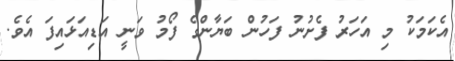
އެކަމަކު މި އަހަރު ފެށުނު ފަހުން ބަޔާންގެ ފޯމު ވަނީ އަޑިއަޅައިފަ އެވެ.